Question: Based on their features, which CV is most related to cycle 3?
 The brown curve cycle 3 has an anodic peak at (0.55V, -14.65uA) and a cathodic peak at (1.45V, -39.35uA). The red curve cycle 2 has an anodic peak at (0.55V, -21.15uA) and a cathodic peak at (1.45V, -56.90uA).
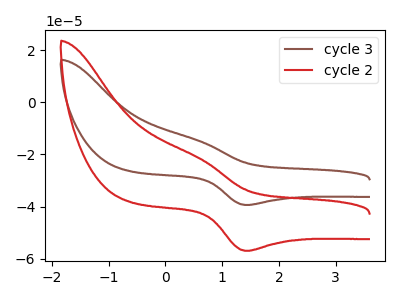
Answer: <think>All the peaks in "cycle 3" have a peak in "cycle 2" at the same potential.
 </think>
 <answer>The CV with the most similar shape to "cycle 2" is "cycle 3".</answer>
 <eval>"cycle 3"</eval>